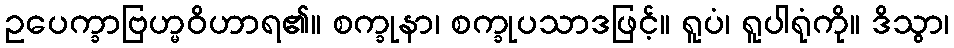
ဥပေက္ခာဗြဟ္မဝိဟာရ၏။ စက္ခုနာ၊ စက္ခုပသာဒဖြင့်။ ရူပံ၊ ရူပါရုံကို။ ဒိသွာ၊